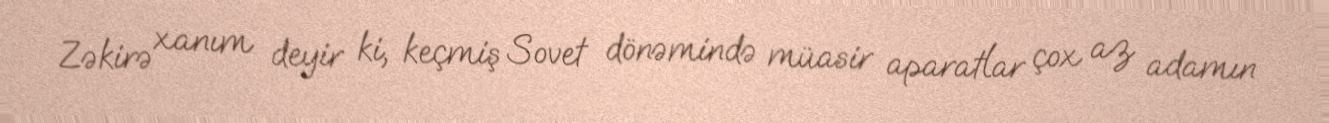
Zəkirə xanım deyir ki, keçmiş Sovet dönəmində müasir aparatlar çox az adamın